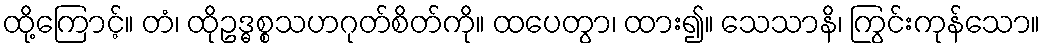
ထို့ကြောင့်။ တံ၊ ထိုဥဒ္ဓစ္စသဟဂုတ်စိတ်ကို။ ထပေတွာ၊ ထား၍။ သေသာနိ၊ ကြွင်းကုန်သော။